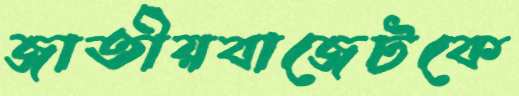
জাতীয়বাজেটকে